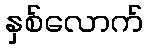
နှစ်လောက်